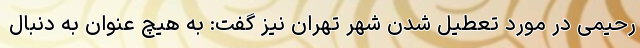
رحیمی در مورد تعطیل شدن شهر تهران نیز گفت: به هیچ عنوان به دنبال